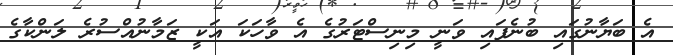
އެ ބަޔާނުގައި ބުނެފައި ވަނީ މިނިސްޓަރުގެ އެ ވާހަކަ އަކީ ޒަމާނުއްސުރެ ލަންކާގެ